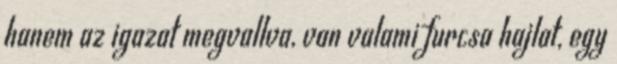
hanem az igazat megvallva, van valami furcsa hajlat, egy